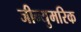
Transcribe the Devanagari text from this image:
जीन्युमरिक